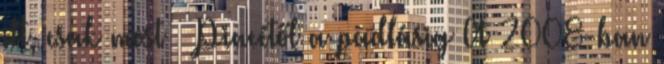
itt, csak most – Pincétől a padlásig A 2008-ban